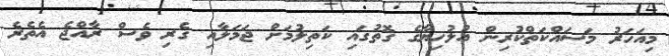
މިއަހަރު މަސައްކަތްކުރިން އުލުހިޔާގެ ގޮތުގައި ކަތިލުމަށް ޖަމަލާއި ގެރި ވެސް ރާއްޖެ އެތެރެ